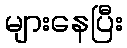
များနေပြီး